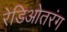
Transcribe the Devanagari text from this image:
रेडिओतरंग